Production of alkali in liquid media by the Bacillus pestis - Number 33
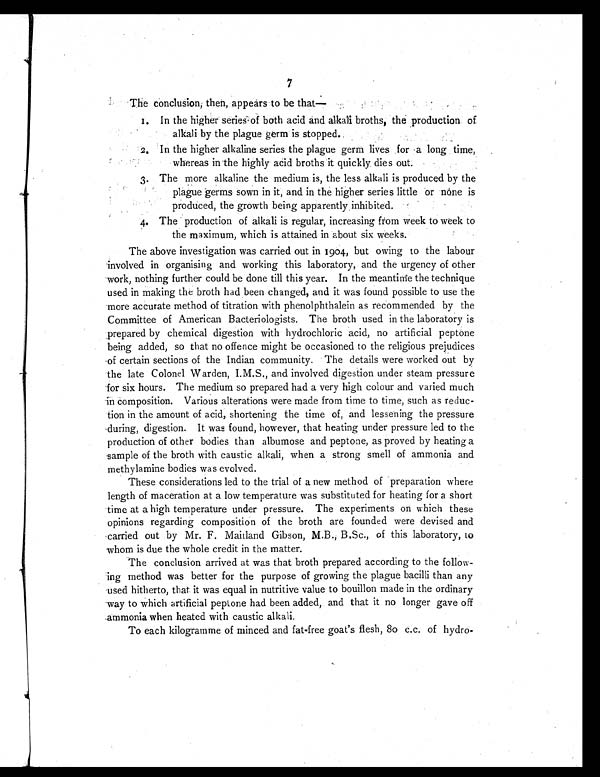
7
The conclusion; then, appears to be that—
1. In the higher series of both acid and alkali broths, the production of
alkali by the plague germ is stopped.
2. In the higher alkaline series the plague germ lives for a long time
whereas in the highly acid broths it quickly dies out.
3.The more alkaline the medium is, the less alkali is produced by the
plague germs sown in it, and in the higher series little or none is
produced, the growth being apparently inhibited.
4. The production of alkali is regular, increasing from week to week to
the maximum, which is attained in about six weeks.
The above investigation was carried out in 1904, but owing to the labour
involved in organising and working this laboratory, and the urgency of other
work, nothing further could be done till this year. In the meantime the technique
used in making the broth had been changed, and it was found possible to use the
more accurate method of titration with phenolphthalein as recommended by the
Committee of American Bacteriologists. The broth used in the laboratory is
prepared by chemical digestion with hydrochloric acid, no artificial peptone
being added, so that no offence might be occasioned to the religious prejudices
of certain sections of the Indian community. The details were worked out by
the late Colonel Warden, I.M.S., and involved digestion under steam pressure
for six hours. The medium so prepared had a very high colour and varied much
in composition. Various alterations were made from time to time, such as reduc-
tion in the amount of acid, shortening the time of, and lessening the pressure
during, digestion. It was found, however, that heating under pressure led to the
production of other bodies than albumose and peptone, as proved by heating a
sample of the broth with caustic alkali, when a strong smell of ammonia and
methylamine bodies was evolved.
These considerations led to the trial of a new method of preparation where
length of maceration at a low temperature was substituted for heating for a short
time at a high temperature under pressure. The experiments on which these
opinions regarding composition of the broth are founded were devised and
carried out by Mr. F. Maitland Gibson, M.B., B.Sc., of this laboratory, to
whom is due the whole credit in the matter.
The conclusion arrived at was that broth prepared according to the follow
ing method was better for the purpose of growing the plague bacilli than any
used hitherto, that it was equal in nutritive value to bouillon made in the ordinary
way to which artificial peptone had been added, and that it no longer gave off
ammonia when heated with caustic alkali.
To each kilogramme of minced and fat-free goat's flesh, 80 c.c. of hydro-